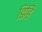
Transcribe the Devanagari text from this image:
डिहि